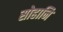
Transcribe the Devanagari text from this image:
सोहानि